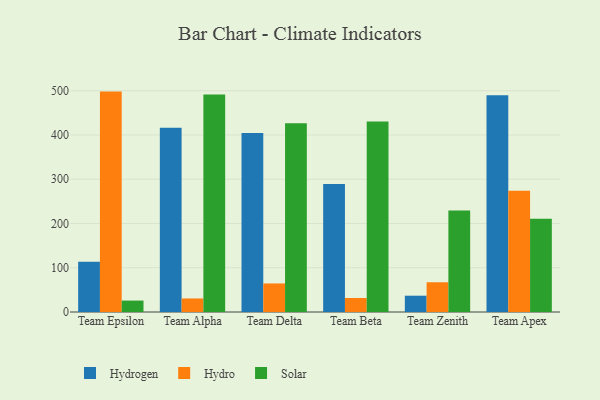
{"axis": {"x": "Team", "y": "Market Share (%)"}, "legend": ["Hydro", "Hydrogen", "Solar"], "data": [{"x": "Team Epsilon", "y": 113.7, "type": "Hydrogen"}, {"x": "Team Epsilon", "y": 498.0, "type": "Hydro"}, {"x": "Team Epsilon", "y": 25.8, "type": "Solar"}, {"x": "Team Alpha", "y": 416.4, "type": "Hydrogen"}, {"x": "Team Alpha", "y": 30.6, "type": "Hydro"}, {"x": "Team Alpha", "y": 491.2, "type": "Solar"}, {"x": "Team Delta", "y": 404.4, "type": "Hydrogen"}, {"x": "Team Delta", "y": 64.5, "type": "Hydro"}, {"x": "Team Delta", "y": 426.3, "type": "Solar"}, {"x": "Team Beta", "y": 289.2, "type": "Hydrogen"}, {"x": "Team Beta", "y": 31.7, "type": "Hydro"}, {"x": "Team Beta", "y": 430.7, "type": "Solar"}, {"x": "Team Zenith", "y": 36.8, "type": "Hydrogen"}, {"x": "Team Zenith", "y": 67.2, "type": "Hydro"}, {"x": "Team Zenith", "y": 229.5, "type": "Solar"}, {"x": "Team Apex", "y": 489.8, "type": "Hydrogen"}, {"x": "Team Apex", "y": 274.0, "type": "Hydro"}, {"x": "Team Apex", "y": 210.7, "type": "Solar"}]}